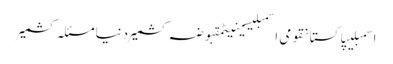
اسمبلیپاکستانقومی اسمبلیسینیٹمقبوضہ کشمیردنیامسئلہ کشمیر